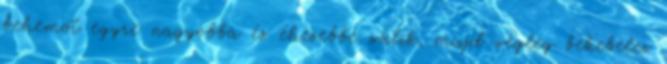
behemót egyre nagyobbá és éhesebbé válik, majd végleg bekebelez